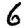
Digit: 6